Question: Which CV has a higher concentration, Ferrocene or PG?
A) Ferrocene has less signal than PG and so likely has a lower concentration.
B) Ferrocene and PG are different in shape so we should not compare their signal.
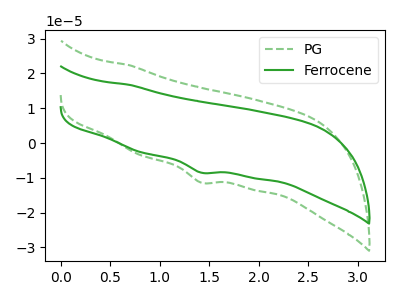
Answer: <think>The green dashed curve "PG" has a cathodic peak at: (1.40V, -11.40uA). The green curve "Ferrocene" has a cathodic peak at: (1.40V, -8.50uA).
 All the peaks in "Ferrocene" have a peak in "PG" at the same potential. Every peak in "Ferrocene" is lower than every peak in "PG".</think>
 <answer>A) "Ferrocene" has less signal than "PG" and so likely has a lower concentration.</answer>
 <eval>A</eval>